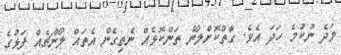
ވަދެ ނުކުމެ ހަދަ އެވެ. ގާތްކޮށްލާނެ ތަންކޮޅެއް ނެތިގެން އެތައް ލޯންޗެއް ފަޅުގެ